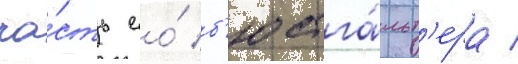
ча́сть ео́ б'юстга́льт'ера /